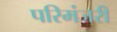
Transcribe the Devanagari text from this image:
परिमंजरी